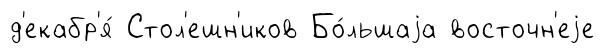
д'екабр'я́ Стол'ешн'иков Бо́льшаjа восточн'еjе